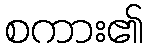
စကား၏